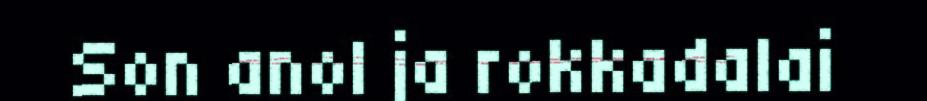
Son anol ja rokkadalai